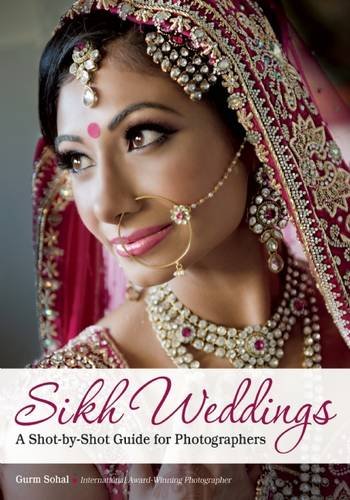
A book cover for Sikh Weddings: A Shot-by-Shot Guide for Photographers; Crafts, Hobbies & Home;